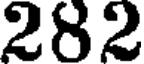
282